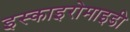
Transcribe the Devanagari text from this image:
इस्काइरोमाइडी